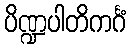
ပိဏ္ဍပါတိကင်္ဂံ